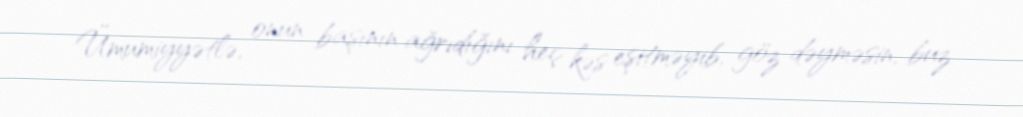
Ümumiyyətlə, onun başının ağrıdığını heç kəs eşitməyib, göz dəyməsin, buz